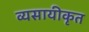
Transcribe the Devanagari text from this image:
व्यसायीकृत